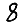
Digit: 8